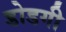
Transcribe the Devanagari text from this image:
डोडगी